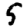
Digit: 5